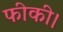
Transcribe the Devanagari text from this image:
फीकी।